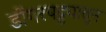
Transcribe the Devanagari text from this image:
डोंगरपट्ट्यातून